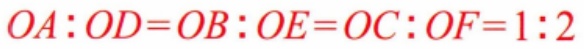
$OA:OD = OB:OE = OC:OF = 1:2$